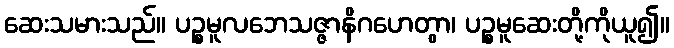
ဆေးသမားသည်။ ပဉ္စမူလဘေသဇ္ဇာနိဂဟေတွာ၊ ပဉ္စမူဆေးတို့ကိုယူ၍။